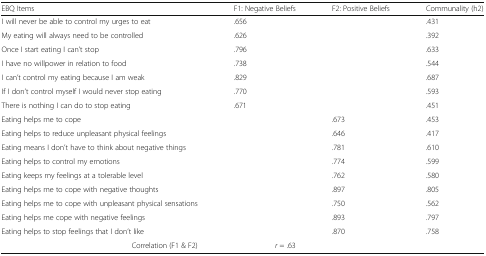
| EBQ Items | F1: Negative Beliefs | F2: Positive Beliefs | Communality (h2) |
 | --- | --- | --- | --- |
 | I will never be able to control my urges to eat | .656 |  | .431 |
 | My eating will always need to be controlled | .626 |  | .392 |
 | Once I start eating I can’t stop | .796 |  | .633 |
 | I have no willpower in relation to food | .738 |  | .544 |
 | I can’t control my eating because I am weak | .829 |  | .687 |
 | If I don’t control myself I would never stop eating | .770 |  | .593 |
 | There is nothing I can do to stop eating | .671 |  | .451 |
 | Eating helps me to cope |  | .673 | .453 |
 | Eating helps to reduce unpleasant physical feelings |  | .646 | .417 |
 | Eating means I don’t have to think about negative things |  | .781 | .610 |
 | Eating helps to control my emotions |  | .774 | .599 |
 | Eating keeps my feelings at a tolerable level |  | .762 | .580 |
 | Eating helps me to cope with negative thoughts |  | .897 | .805 |
 | Eating helps me to cope with unpleasant physical sensations |  | .750 | .562 |
 | Eating helps me cope with negative feelings |  | .893 | .797 |
 | Eating helps to stop feelings that I don’t like |  | .870 | .758 |
 | Correlation (F1 & F2) | r = .63 |  |  |